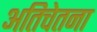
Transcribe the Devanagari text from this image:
अतिचेतना